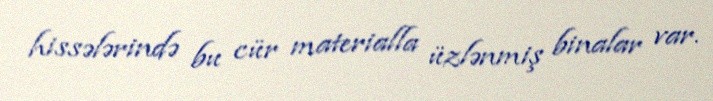
hissələrində bu cür materialla üzlənmiş binalar var.